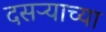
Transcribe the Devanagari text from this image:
दसऱ्‍याच्या